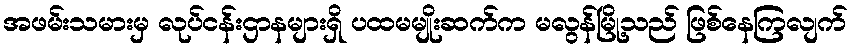
အဖမ်းသမားမှ လုပ်ငန်းဌာနများရှိ ပထမမျိုးဆက်က မလွန်မြို့သည် ဖြစ်နေကြလျက်